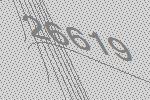
26619